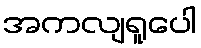
အကလျရူပေါ